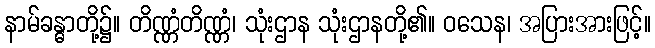
နာမ်ခန္ဓာတို့၌။ တိဏ္ဏံတိဏ္ဏံ၊ သုံးဌာန သုံးဌာနတို့၏။ ဝသေန၊ အပြားအားဖြင့်။